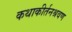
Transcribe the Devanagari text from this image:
कथाकीर्तनश्रवण